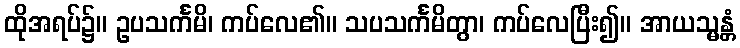
ထိုအရပ်၌။ ဥပသင်္ကမိ၊ ကပ်လေ၏။ သပသင်္ကမိတွာ၊ ကပ်လေပြီး၍။ အာယသ္မန္တံ